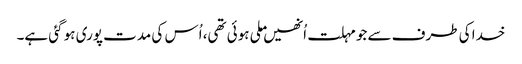
خدا کی طرف سے جو مہلت اُنھیں ملی ہوئی تھی، اُس کی مدت پوری ہو گئی ہے۔